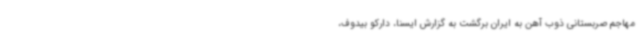
مهاجم صربستانی ذوب آهن به ایران برگشت به گزارش ایسنا، دارکو بیدوف،